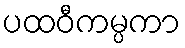
ပထဝီကမ္ပကာ